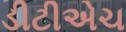
ડીટીએચ